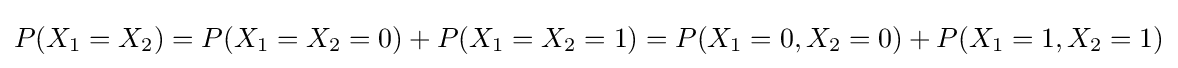
P(X_{1}=X_{2})=P(X_{1}=X_{2}=0)+P(X_{1}=X_{2}=1)=P(X_{1}=0,X_{2}=0)+P(X_{1}=1,X_{2}=1)